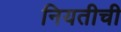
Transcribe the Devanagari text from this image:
नियतीची